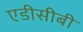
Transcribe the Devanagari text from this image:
एडीसीबी